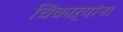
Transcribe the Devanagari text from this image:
चिंकाऱ्यांना